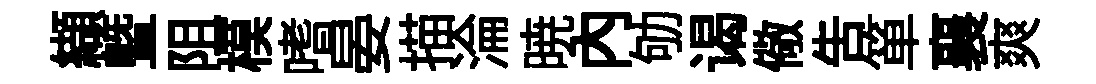
纈曁阻模嗜晏描淪暁内劬谒儆告箪襄爽